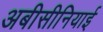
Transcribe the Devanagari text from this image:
अबीसीनियाई